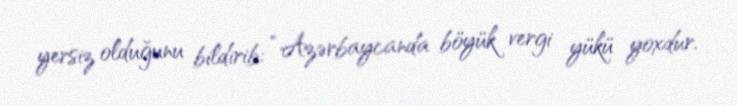
yersiz olduğunu bildirib: “Azərbaycanda böyük vergi yükü yoxdur.